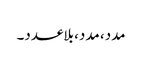
مدد، مدد، بلاعدد۔